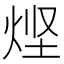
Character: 𰞤